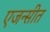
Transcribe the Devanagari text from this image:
एजन्सीत